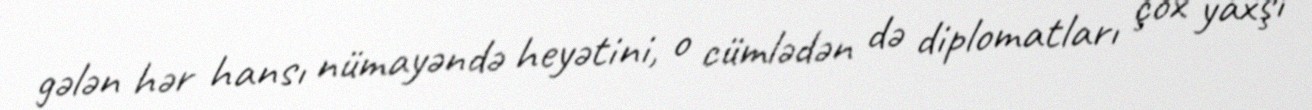
gələn hər hansı nümayəndə heyətini, o cümlədən də diplomatları çox yaxşı